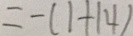
= - ( 1 + 1 4 )